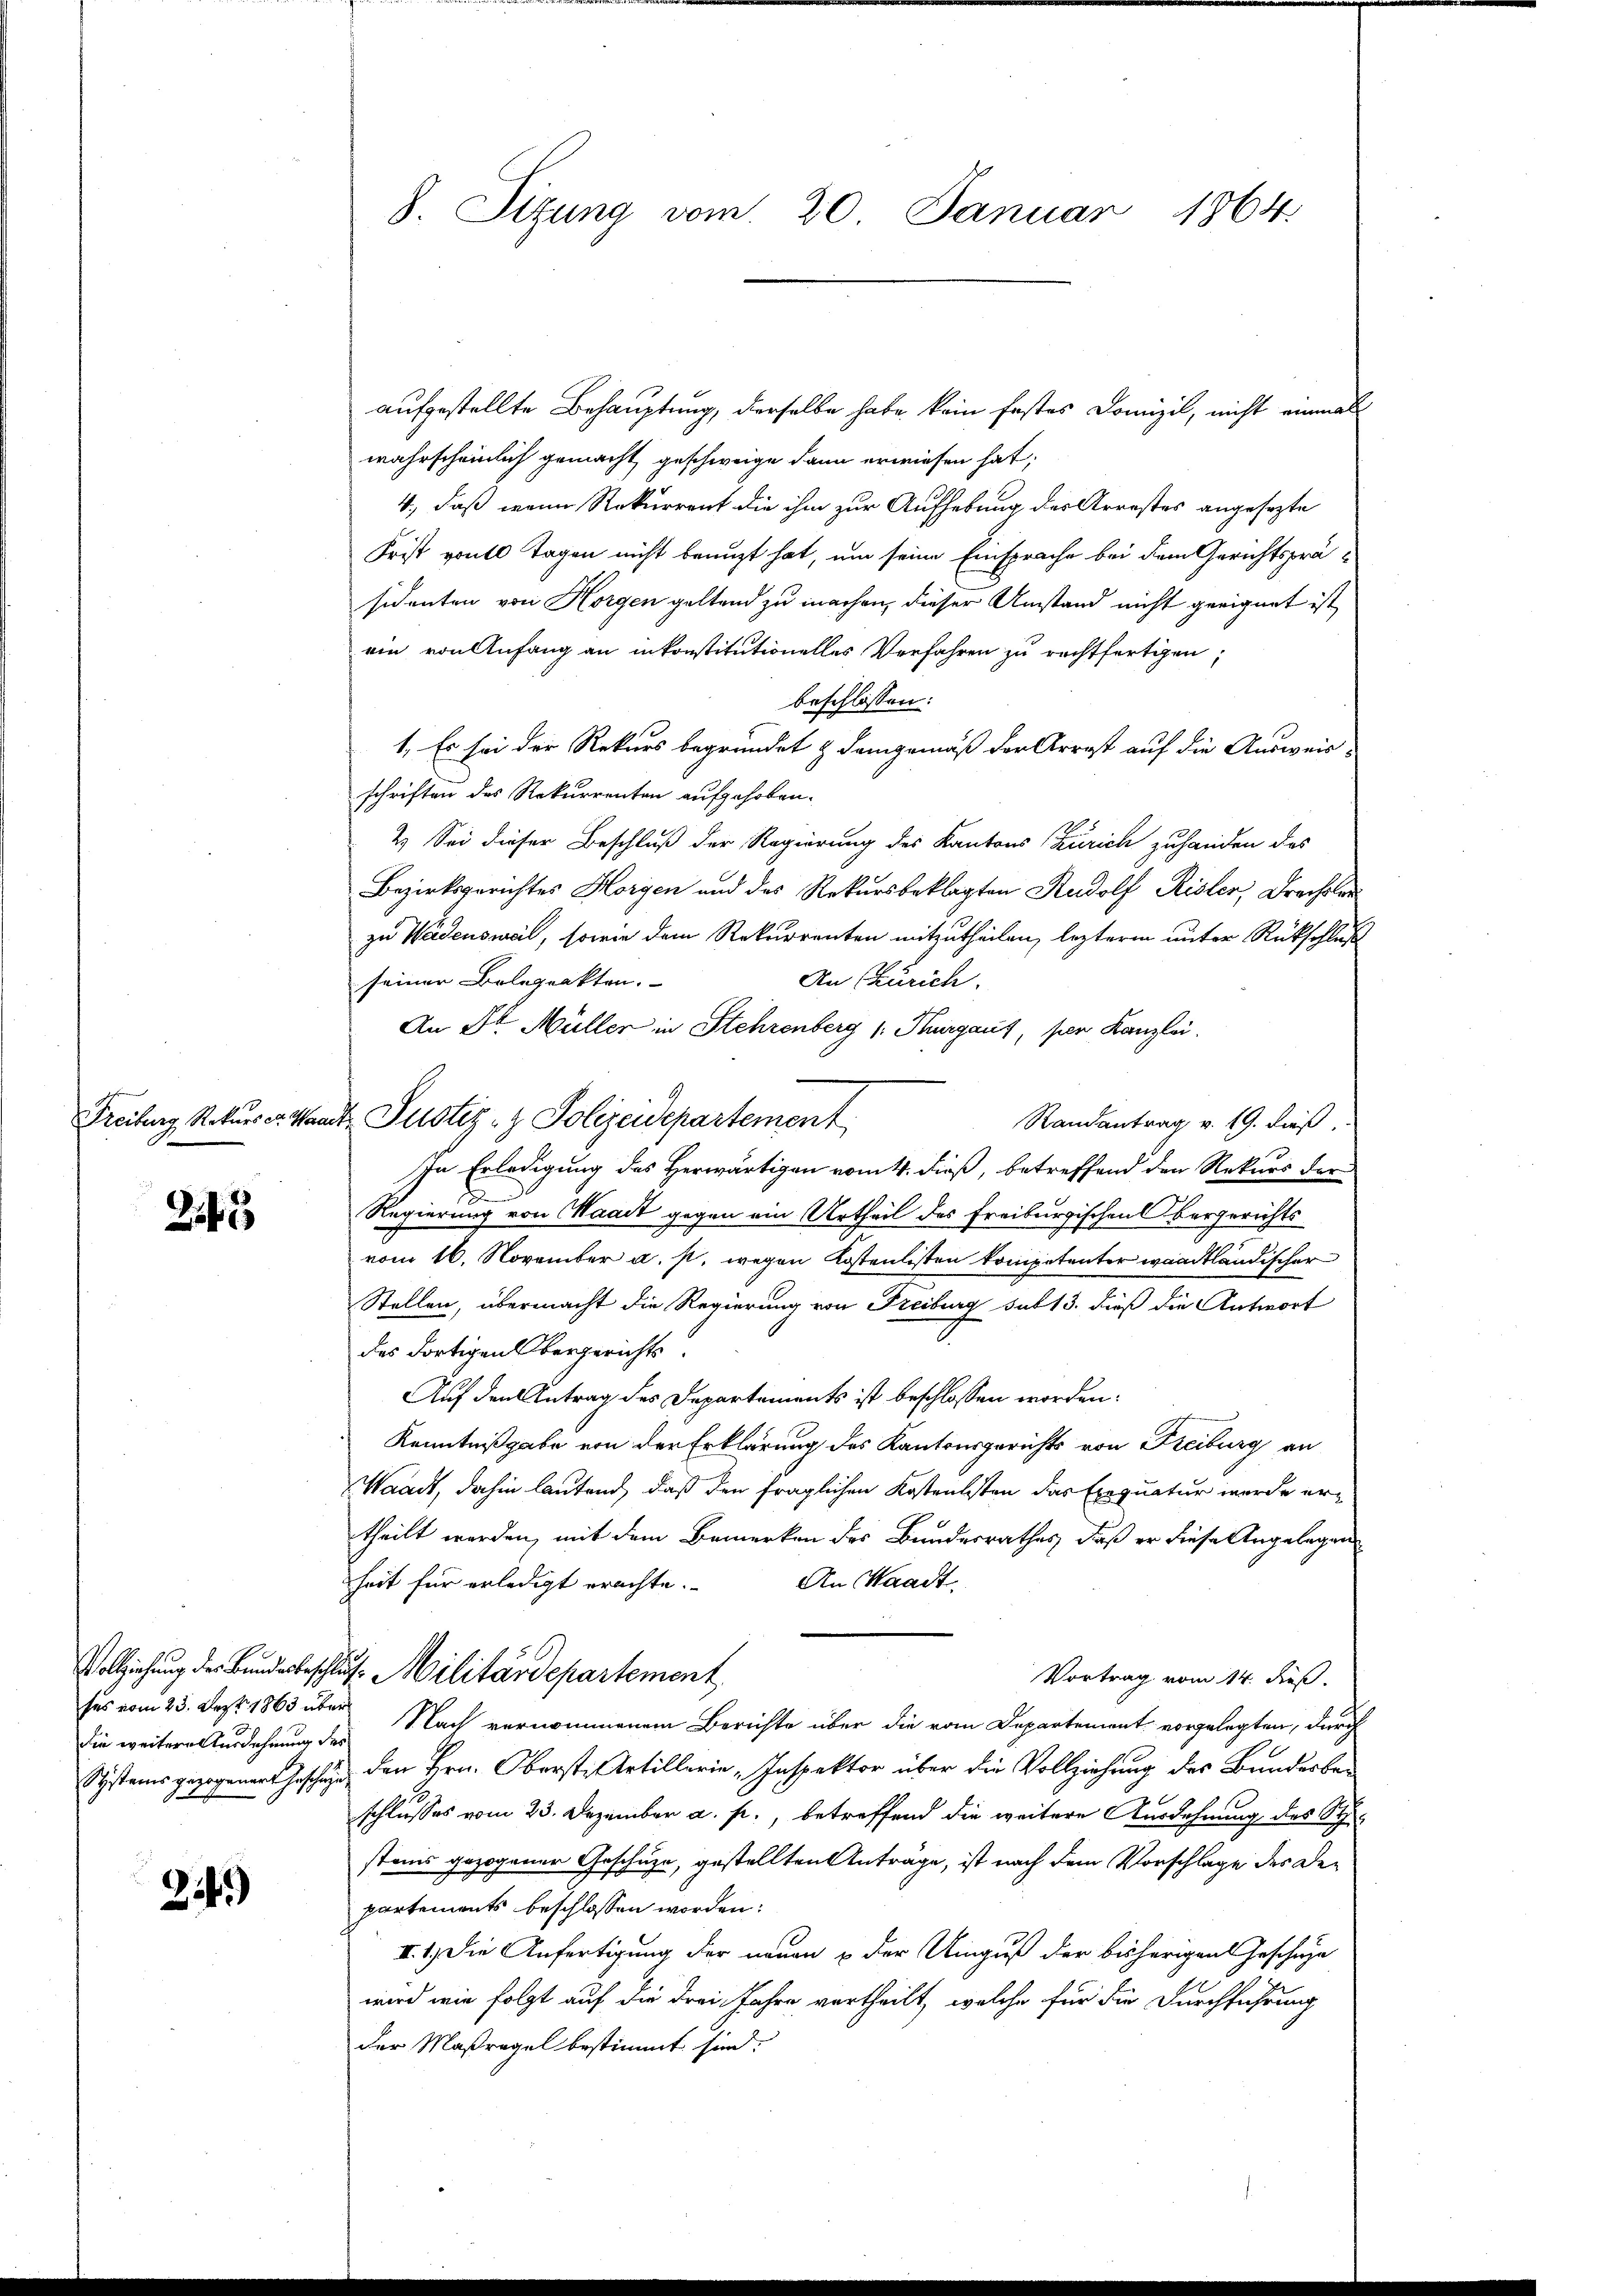
245

die weitere Ausdehnung des

24.)

8. Sitzung vom 20. Januar 1864.

Freiburg, Rekurser Waadt Justiz- & Polizeidepartement,

aufgestellte Behauptung, derselbe habe kein festes Domizil, nicht einmal
wahrscheinlich gemacht, geschweige dann erwiesen hat;
4., daß wenn Rekurrent die ihm zur Aufhebung des Arrestes angesezte
Frist von Tagen nicht benuzt hat, um seine Einsprache bei dem Gerichtspräsidenten von Horgen geltend zu machen, dieser Umstand nicht geeignet ist,
ein von Anfang an inkonstitutionelles Verfahren zu rechtfertigen,
beschlossen:
1. Es sei der Rekurs begründet & demgemäß der Arrest auf die Ausweis
schriften des Rekurrenten aufgehoben.
2.) Sei dieser Beschluß der Regierung des Kantons Zürich zuhanden das
Bezirksgerichtes Horgen und des Rekursbeklagten Rudolf Risler, Drechsler
zu Wädensweil, sowie dem Rekurrenten mitzutheilen, lezterm unter Rückschluß
seiner Belegrakten.
An Zürich.
An Dr. Müller in Stehrenberg (: Kurgaus, poen Kanzlei.
Randantrag v. 19. dieß
In Erledigung des Herwärtigen vom 4. dieß, betreffend den Rekurs der
E
Regierung von Waadt gegen ein Urtheil des Freiburgischen Obergerichts
vom 16. November a. s. wegen Kostenlisten kompetenter waadtländischer
Stellen, übermacht die Regierung von Freiburg sub 13. dieß die Antwort
des dortigen bergerichts.
Auf den Antrag des Departements ist beschlossen worden.
Kenntnißgabe von der Erklärung des Kantonsgerichts von Freiburg an
Waadt, dahin lautend, daß den fraglichen Kostensten das Exequatur werde ertheilt werden, mit dem Bemerken des Bundesrathes, daß er diese Angelegen
An Waadt.
heit für erledigt erachte.
Vollziehung der Bundesbeschluss Militärdepartement
Vortrag vom 14. dieß.
ses vom 23. Dez. 1863 über Nach vernommenem Berichte über die vom Departement vorgelegten, durch
Systems gezogenen Geschäft den Hrn. Oberste Artillerie Inspektor über die Vollziehung des Bundesbeschlusses vom 23. Dezember a. p., betreffend die weitere Ausdehnung des St
stems gezogener Geschäze, gestellten Antrage, ist nach dem Vorschlage des Departements beschlossen worden:
II. 1.) Die Anfertigung der neuen & der Umguß der bisherigen Geschäze
wird wie folgt auf die drei Jahre vertheilt, welche für die Durchführung
der Maßregel bestimmt sind.